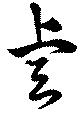
睿